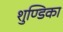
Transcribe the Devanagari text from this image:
शुण्डिका